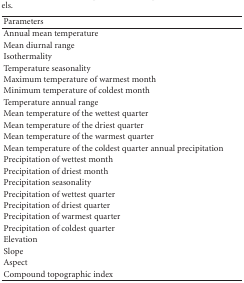
| Parameters |
 | --- |
 | Annual mean temperature |
 | Mean diurnal range |
 | Isothermality |
 | Temperature seasonality |
 | Maximum temperature of warmest month |
 | Minimum temperature of coldest month |
 | Temperature annual range |
 | Mean temperature of the wettest quarter |
 | Mean temperature of the driest quarter |
 | Mean temperature of the warmest quarter |
 | Mean temperature of the coldest quarter annual precipitation |
 | Precipitation of wettest month |
 | Precipitation of driest month |
 | Precipitation seasonality |
 | Precipitation of wettest quarter |
 | Precipitation of driest quarter |
 | Precipitation of warmest quarter |
 | Precipitation of coldest quarter |
 | Elevation |
 | Slope |
 | Aspect |
 | Compound topographic index |